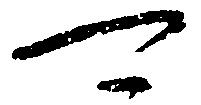
可